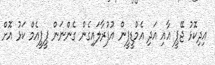
އިދިކޮޅު ޖޭޕީ އާއި އަދި އެމްޑީޕީން އުފުރާލައިގެން ގެންނަން ޕީޕީއެމް ކަޅު އޮށް